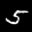
Label: 5